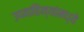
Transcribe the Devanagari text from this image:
उपवाहिन्यांमध्ये